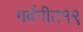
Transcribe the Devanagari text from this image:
गर्वगीत१९